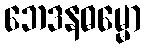
ဘေဒနဓမ္မော